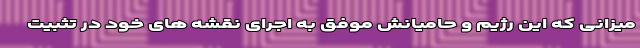
میزانی که این رژیم و حامیانش موفق به اجرای نقشه های خود در تثبیت